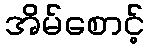
အိမ်စောင့်